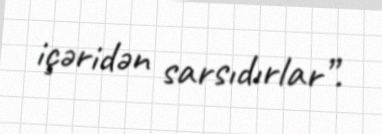
içəridən sarsıdırlar”.